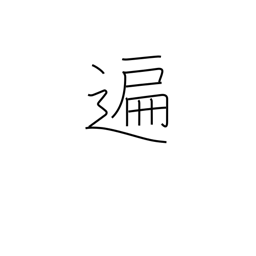
Meaning: generally